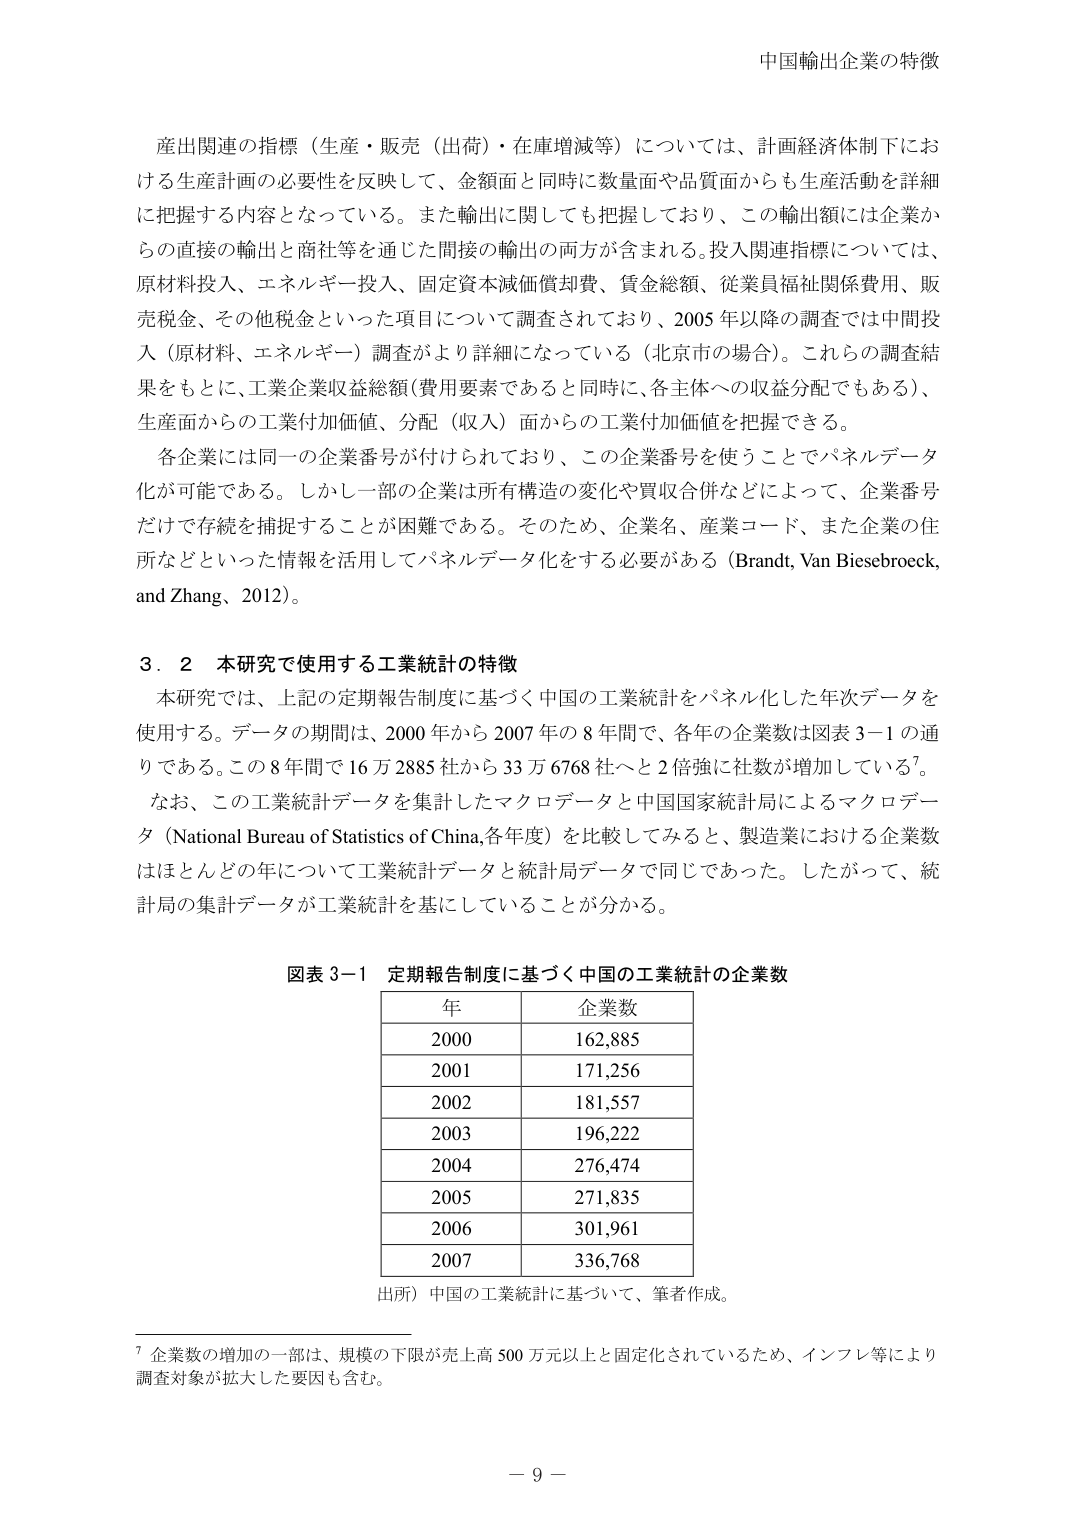
中国輸出企業の特徴

産出関連の指標（生産・販売（出荷）・在庫増減等）については、計画経済体制下における生産計画の必要性を反映して、金額面と同時に数量面や品質面からも生産活動を詳細に把握する内容となっている。また輸出に関しても把握しており、この輸出額には企業からの直接の輸出と商社等を通じた間接の輸出の両方が含まれる。投入関連指標については、原材料投入、エネルギー投入、固定資本減価償却費、賃金総額、従業員福祉関係費用、販売税金、その他税金といった項目について調査されており、2005年以降の調査では中間投入（原材料、エネルギー）調査がより詳細になっている（北京市の場合）。これらの調査結果をもとに、工業企業収益総額（費用要素であると同時に、各主体への収益分配でもある）、生産面からの工業付加価値、分配（収入）面からの工業付加価値を把握できる。

各企業には同一の企業番号が付けられており、この企業番号を使うことでパネルデータ化が可能である。しかし一部の企業は所有構造の変化や買収合併などによって、企業番号だけで存続を捕捉することが困難である。そのため、企業名、産業コード、また企業の住所などといった情報を活用してパネルデータ化をする必要がある（Brandt, Van Biesebroeck, and Zhang, 2012）。

3.2 本研究で使用する工業統計の特徴

本研究では、上記の定期報告制度に基づく中国の工業統計をパネル化した年次データを使用する。データの期間は、2000年から2007年の8年間で、各年の企業数は図表3-1の通りである。この8年間で16万2885社から33万6768社へと2倍強に社数が増加している7。

なお、この工業統計データを集計したマクロデータと中国国家統計局によるマクロデータ（National Bureau of Statistics of China, 各年度）を比較してみると、製造業における企業数はほとんどの年について工業統計データと統計局データで同じであった。したがって、統計局の集計データが工業統計を基にしていることが分かる。

図表3-1 定期報告制度に基づく中国の工業統計の企業数

年 企業数
2000 162,885
2001 171,256
2002 181,557
2003 196,222
2004 276,474
2005 271,835
2006 301,961
2007 336,768

出所）中国の工業統計に基づいて、筆者作成。

7 企業数の増加の一部は、規模の下限が売上高500万元以上と固定化されているため、インフレ等により調査対象が拡大した要因も含む。

－ 9 －